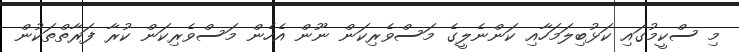
މި ސްކީމުގައި ކަޅުބިލަމަހާއި ކަންނެލީގެ މަސްވެރިކަން ނޫން އެހެން މަސްވެރިކަން ކުރާ ފަރާތްތަކުން